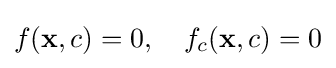
f({\mathbf {x} },c)=0,\quad f_{c}({\mathbf {x} },c)=0